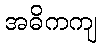
အဓိကကျ